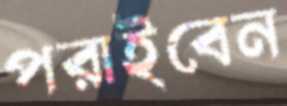
পরাইবেন